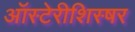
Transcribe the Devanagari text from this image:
ऑस्टेरीशिस्षर